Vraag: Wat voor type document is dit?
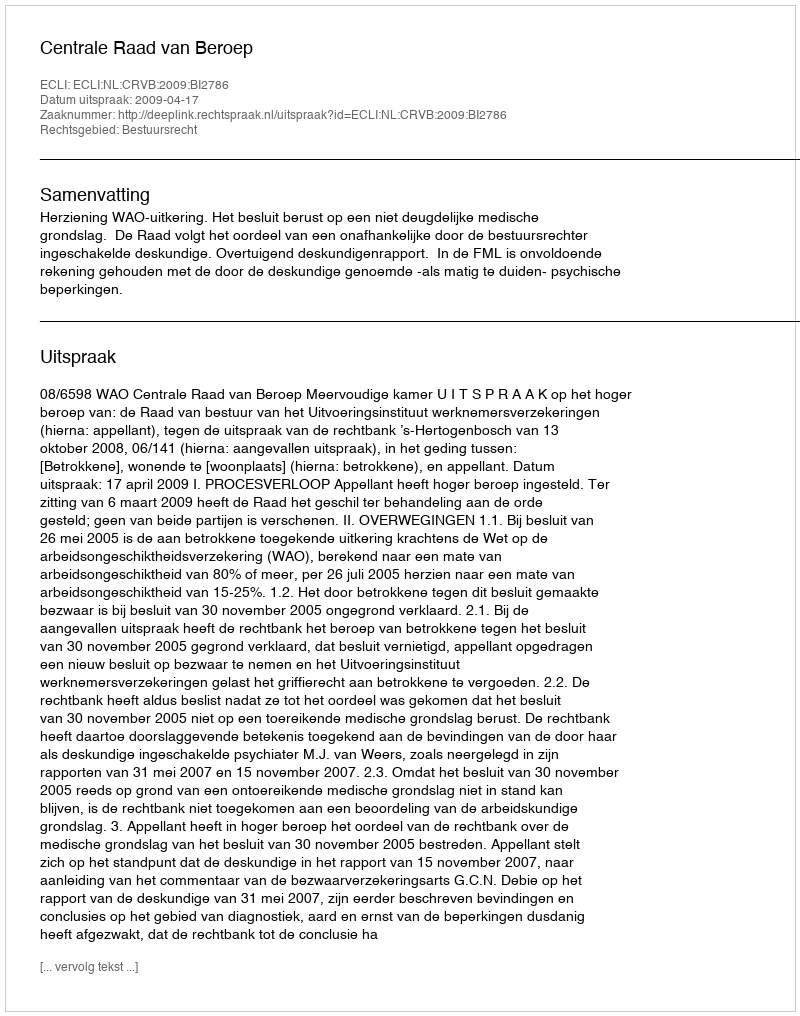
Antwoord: Uitspraak